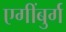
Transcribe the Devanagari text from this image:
एगींबुर्ग